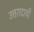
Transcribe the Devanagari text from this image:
उत्तरादायी